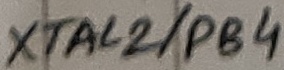
Text: XTAL2/PB4